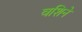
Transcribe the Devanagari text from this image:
वशिने